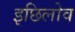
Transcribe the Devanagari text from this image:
इछिलोव